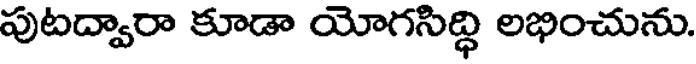
పుటద్వారా కూడా యోగసిద్ధి లభించును.